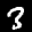
Label: 3